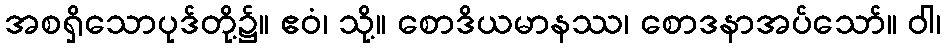
အစရှိသောပုဒ်တို့၌။ ဧဝံ၊ သို့။ စောဒိယမာနဿ၊ စောဒနာအပ်သော်။ ဝါ၊